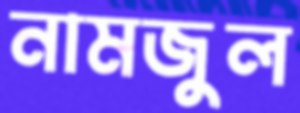
নামজুল